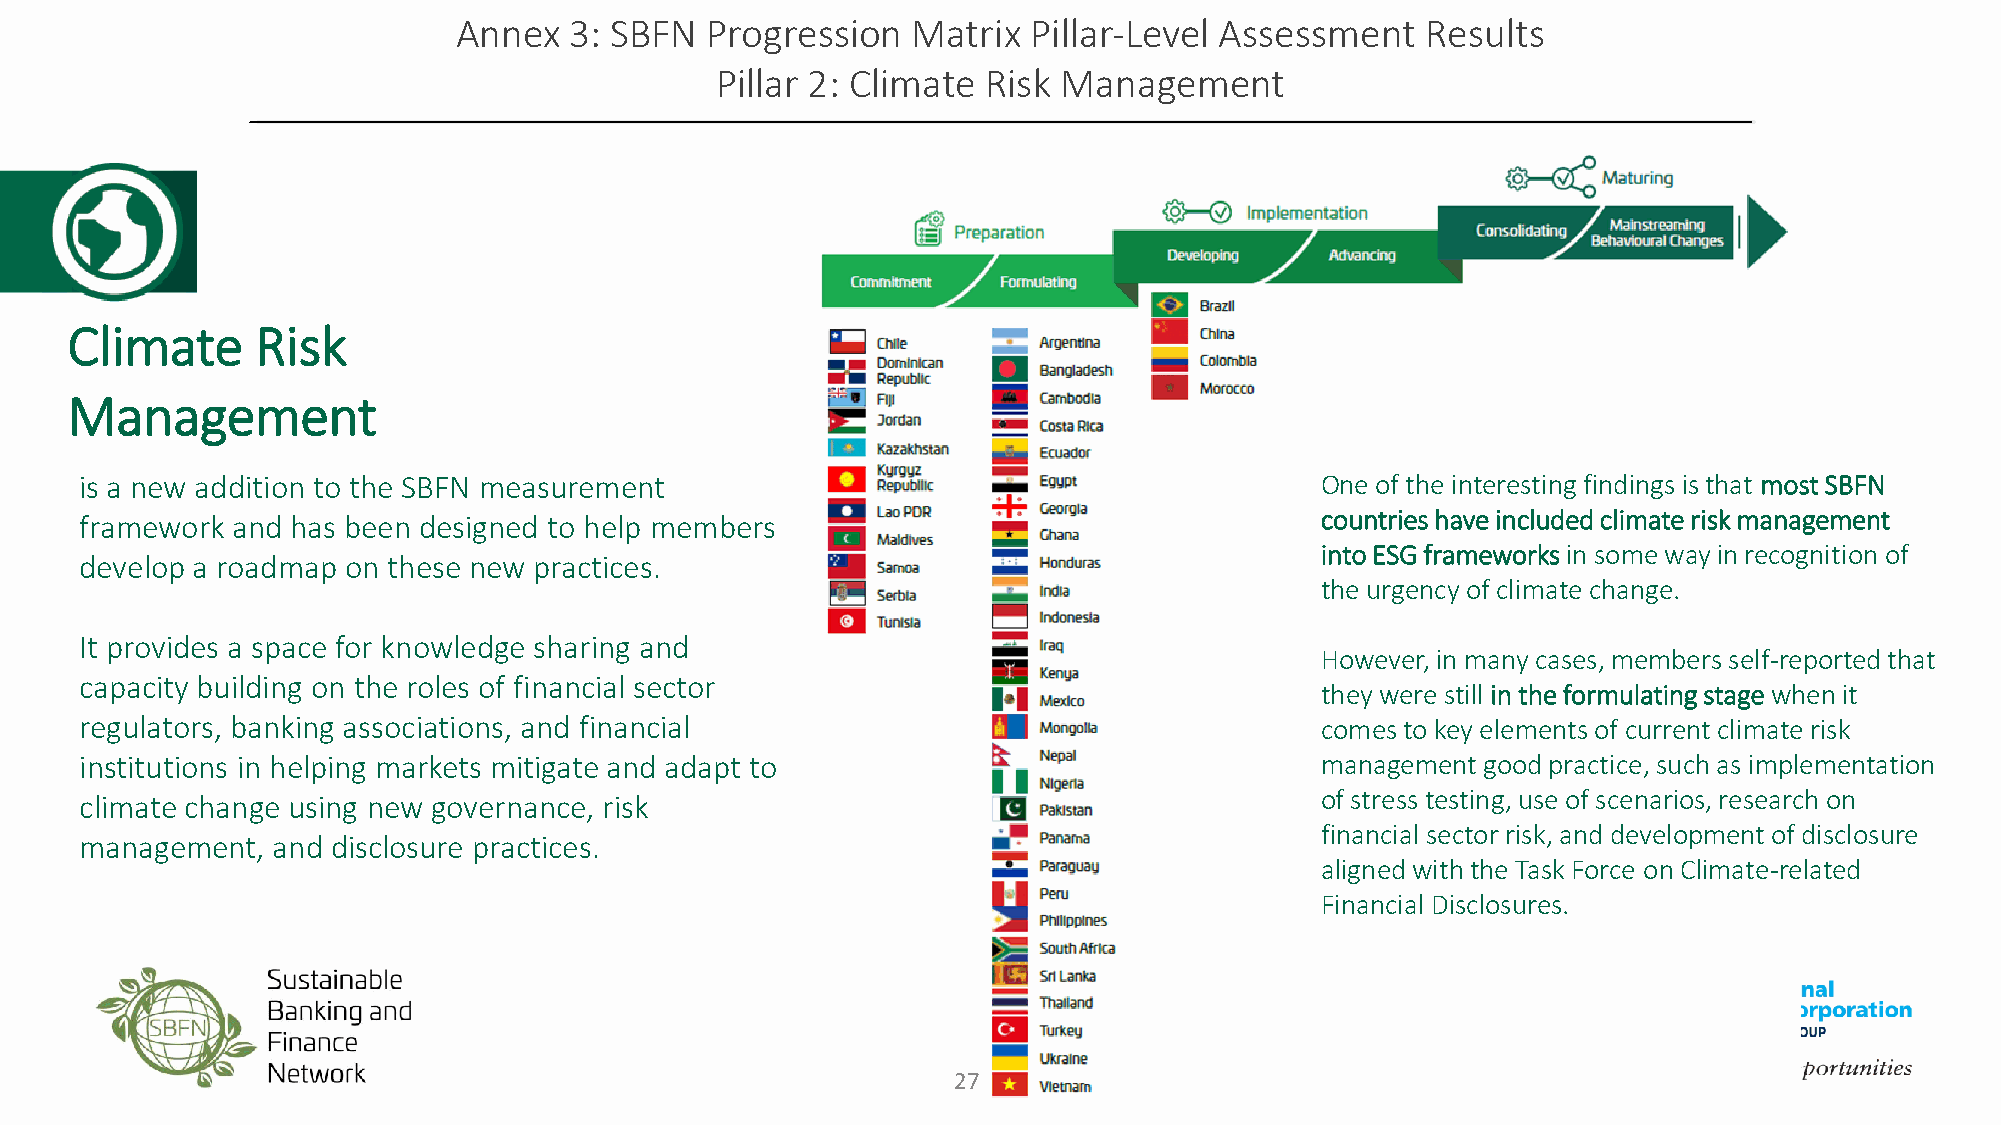
Annex   3: SBFN  Progression  Matrix  Pillar-Level Assessment   Results
 Pillar 2: Climate Risk Management
 Climate      Risk
 Management
 is a new addition to the SBFN measurement                                         One of the interesting findings is that most SBFN
 framework and has been designed to help members                                   countries have included climate risk management
 into ESG frameworksin some way in recognition of
 develop a roadmap on these new practices.
 the urgency of climate change.
 It provides a space for knowledge sharing and
 However, in many cases, members self-reported that
 capacity building on the roles of financial sector
 they were still in the formulating stage when it
 regulators, banking associations, and financial                                   comes to key elements of current climate risk
 institutions in helping markets mitigate and adapt to                             management good practice, such as implementation
 climate change using new governance, risk                                         of stress testing, use of scenarios, research on
 financial sector risk, and development of disclosure
 management,  and disclosure practices.
 aligned with the Task Force on Climate-related
 Financial Disclosures.
 27